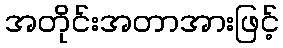
အတိုင်းအတာအားဖြင့်